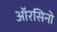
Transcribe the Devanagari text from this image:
ऑरसिनो